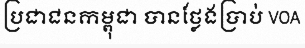
ប្រជាជនកម្ពុជា បានថ្លែងប្រាប់ VOA